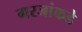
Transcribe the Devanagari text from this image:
गरजांकडे